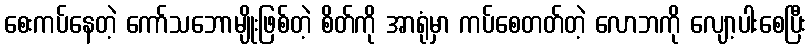
စေးကပ်နေတဲ့ ကော်သဘောမျိုးဖြစ်တဲ့ စိတ်ကို အာရုံမှာ ကပ်စေတတ်တဲ့ လောဘကို လျော့ပါးစေပြီး